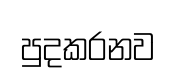
පුදකරනව